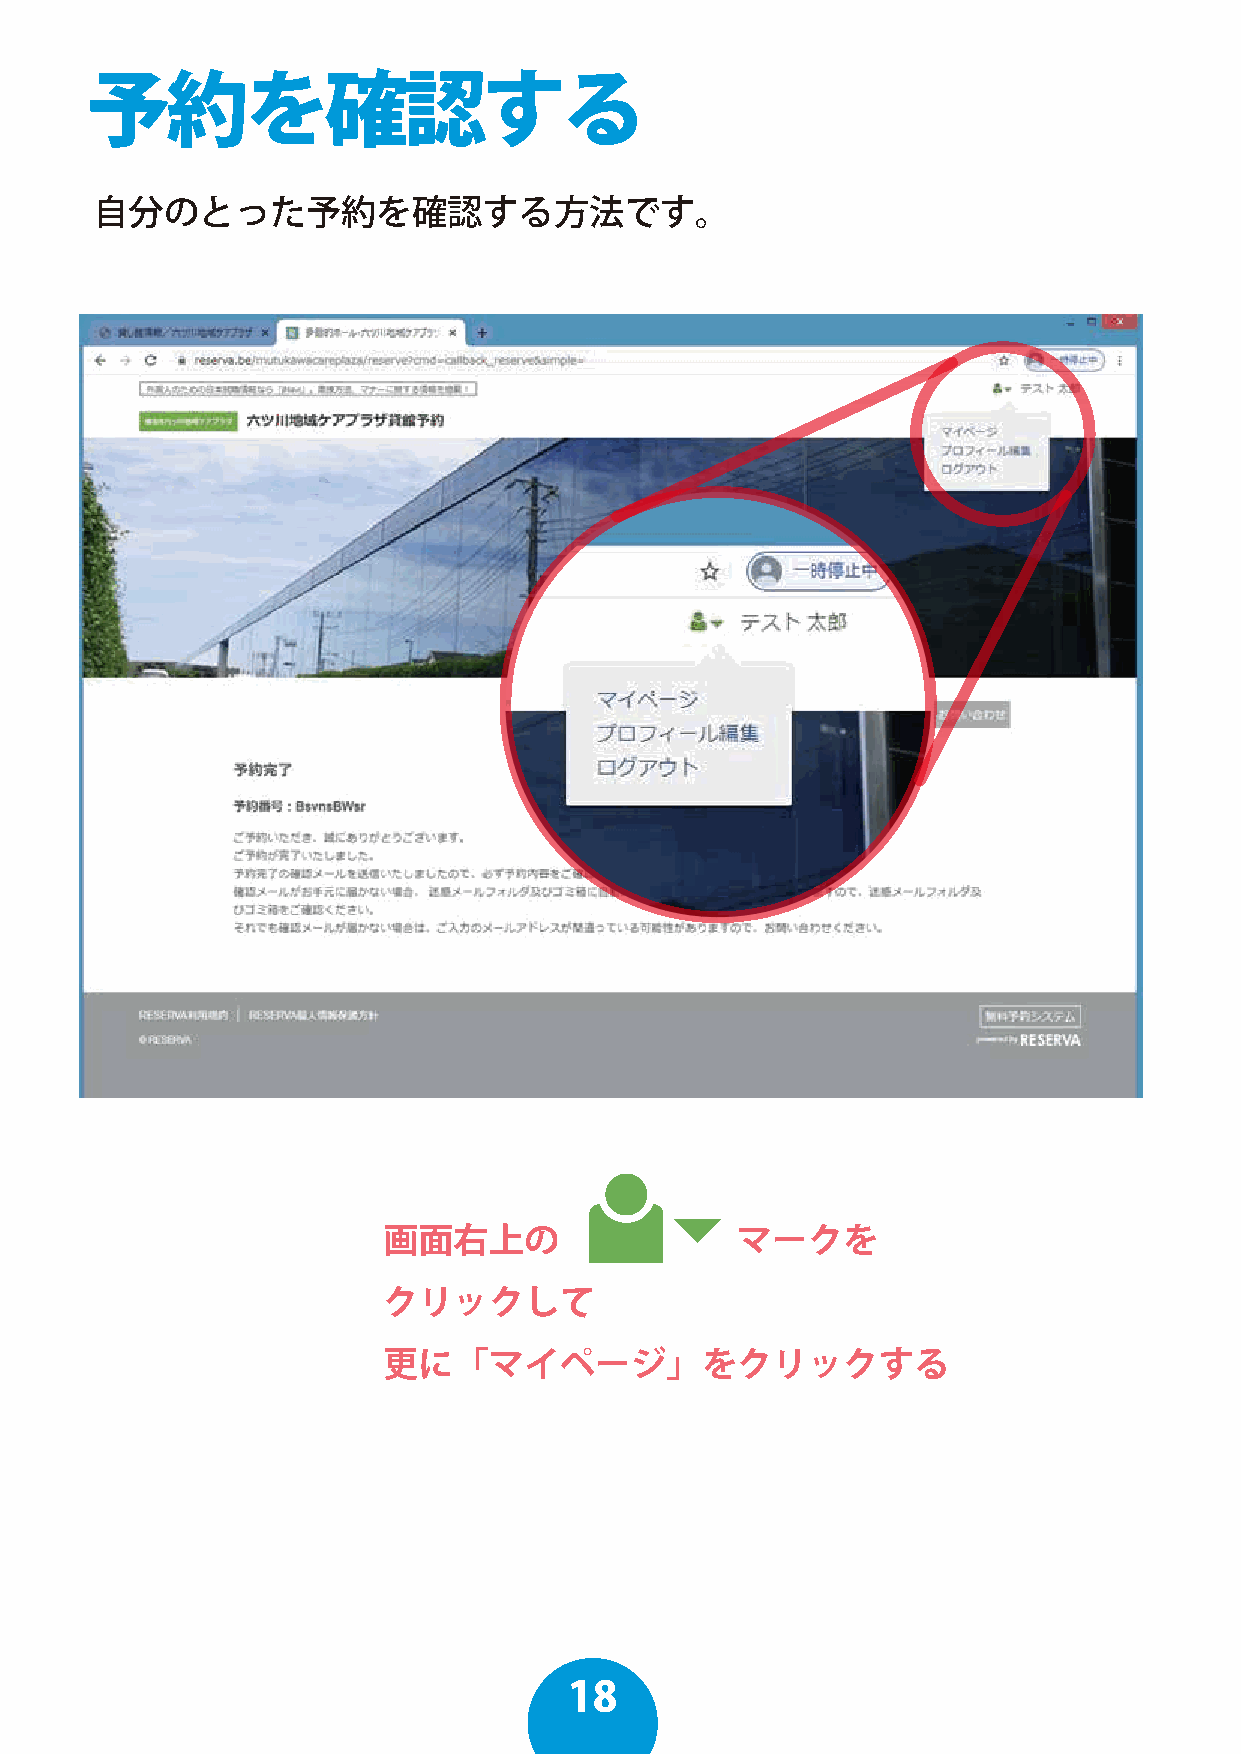
予約を確認する
 自分のとった予約を確認する方法です。
 画面右上の                   マークを
 クリックして
 更に「マイページ」をクリックする
 18